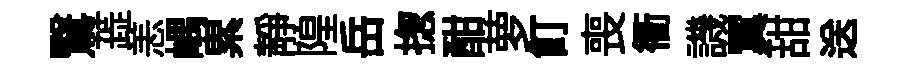
鷖蕋恙嵎累静隍岳揔酣萝飣喪衢譏翼甜送